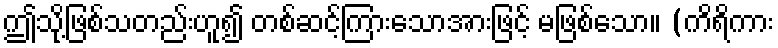
ဤသို့ဖြစ်သတည်းဟူ၍ တစ်ဆင့်ကြားသောအားဖြင့် မဖြစ်သော။ (ကိရိကား